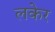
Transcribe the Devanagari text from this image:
लकेर